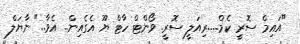
"އައިމް ސޮރީ ކެމް.....ރިއަލީ ސޮރީ. ވޯންޓް ހާޓް ޔޫ އެގެއިން.. އެވާ.." ނާޔަލް